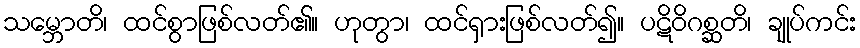
သမ္ဘောတိ၊ ထင်စွာဖြစ်လတ်၏။ ဟုတွာ၊ ထင်ရှားဖြစ်လတ်၍။ ပဋိဝိဂစ္ဆတိ၊ ချုပ်ကင်း